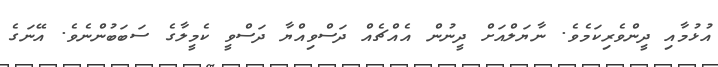
އުޅުމާއި ދީންވެރިކަމެވެ. ނާޔަލްއަށް ދީނުން އެއްޗެއް ދަސްވިއްޔާ ދަސްވީ ކެމީލާގެ ސަބަބުންނެވެ. އޭނަގެ